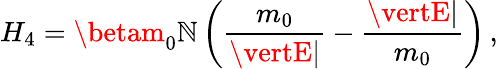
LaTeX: H_{4}=\betam_{0}\mathbb{N}\left(\frac{{m_{0}}}{{\vertE\vert}}-\frac{{\vertE\vert}}{{m_{0}}}\right)\, ,